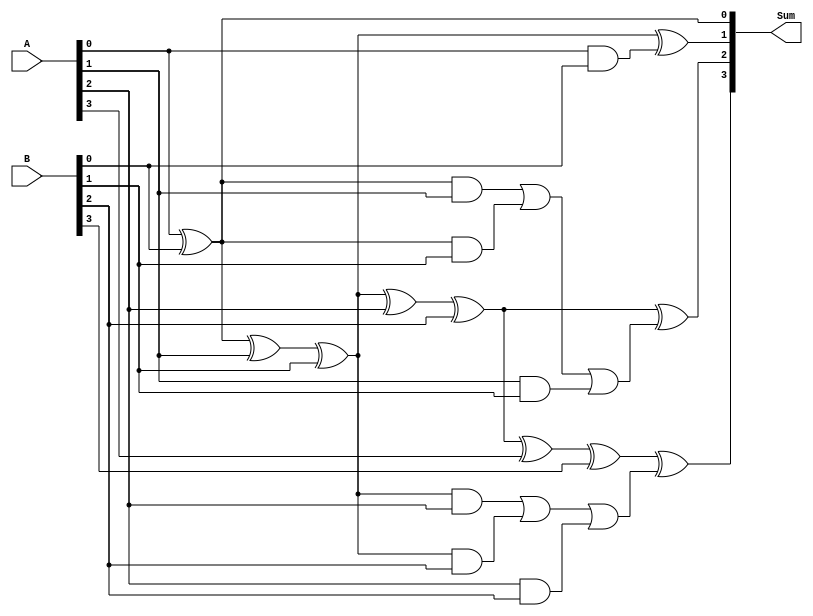
module Kogge_Stone_Adder (
    input [3:0] A,
    input [3:0] B,
    output [3:0] Sum
);

wire [3:0] P, G;

assign P[0] = A[0] ^ B[0];
assign G[0] = A[0] & B[0];

assign P[1] = P[0] ^ A[1] ^ B[1];
assign G[1] = (P[0] & A[1]) | (P[0] & B[1]) | (A[1] & B[1]);

assign P[2] = P[1] ^ A[2] ^ B[2];
assign G[2] = (P[1] & A[2]) | (P[1] & B[2]) | (A[2] & B[2]);

assign P[3] = P[2] ^ A[3] ^ B[3];
assign G[3] = (P[2] & A[3]) | (P[2] & B[3]) | (A[3] & B[3]);

assign Sum[0] = P[0];
assign Sum[1] = P[1] ^ G[0];
assign Sum[2] = P[2] ^ G[1];
assign Sum[3] = P[3] ^ G[2];

endmodule